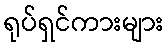
ရုပ်ရှင်ကားများ